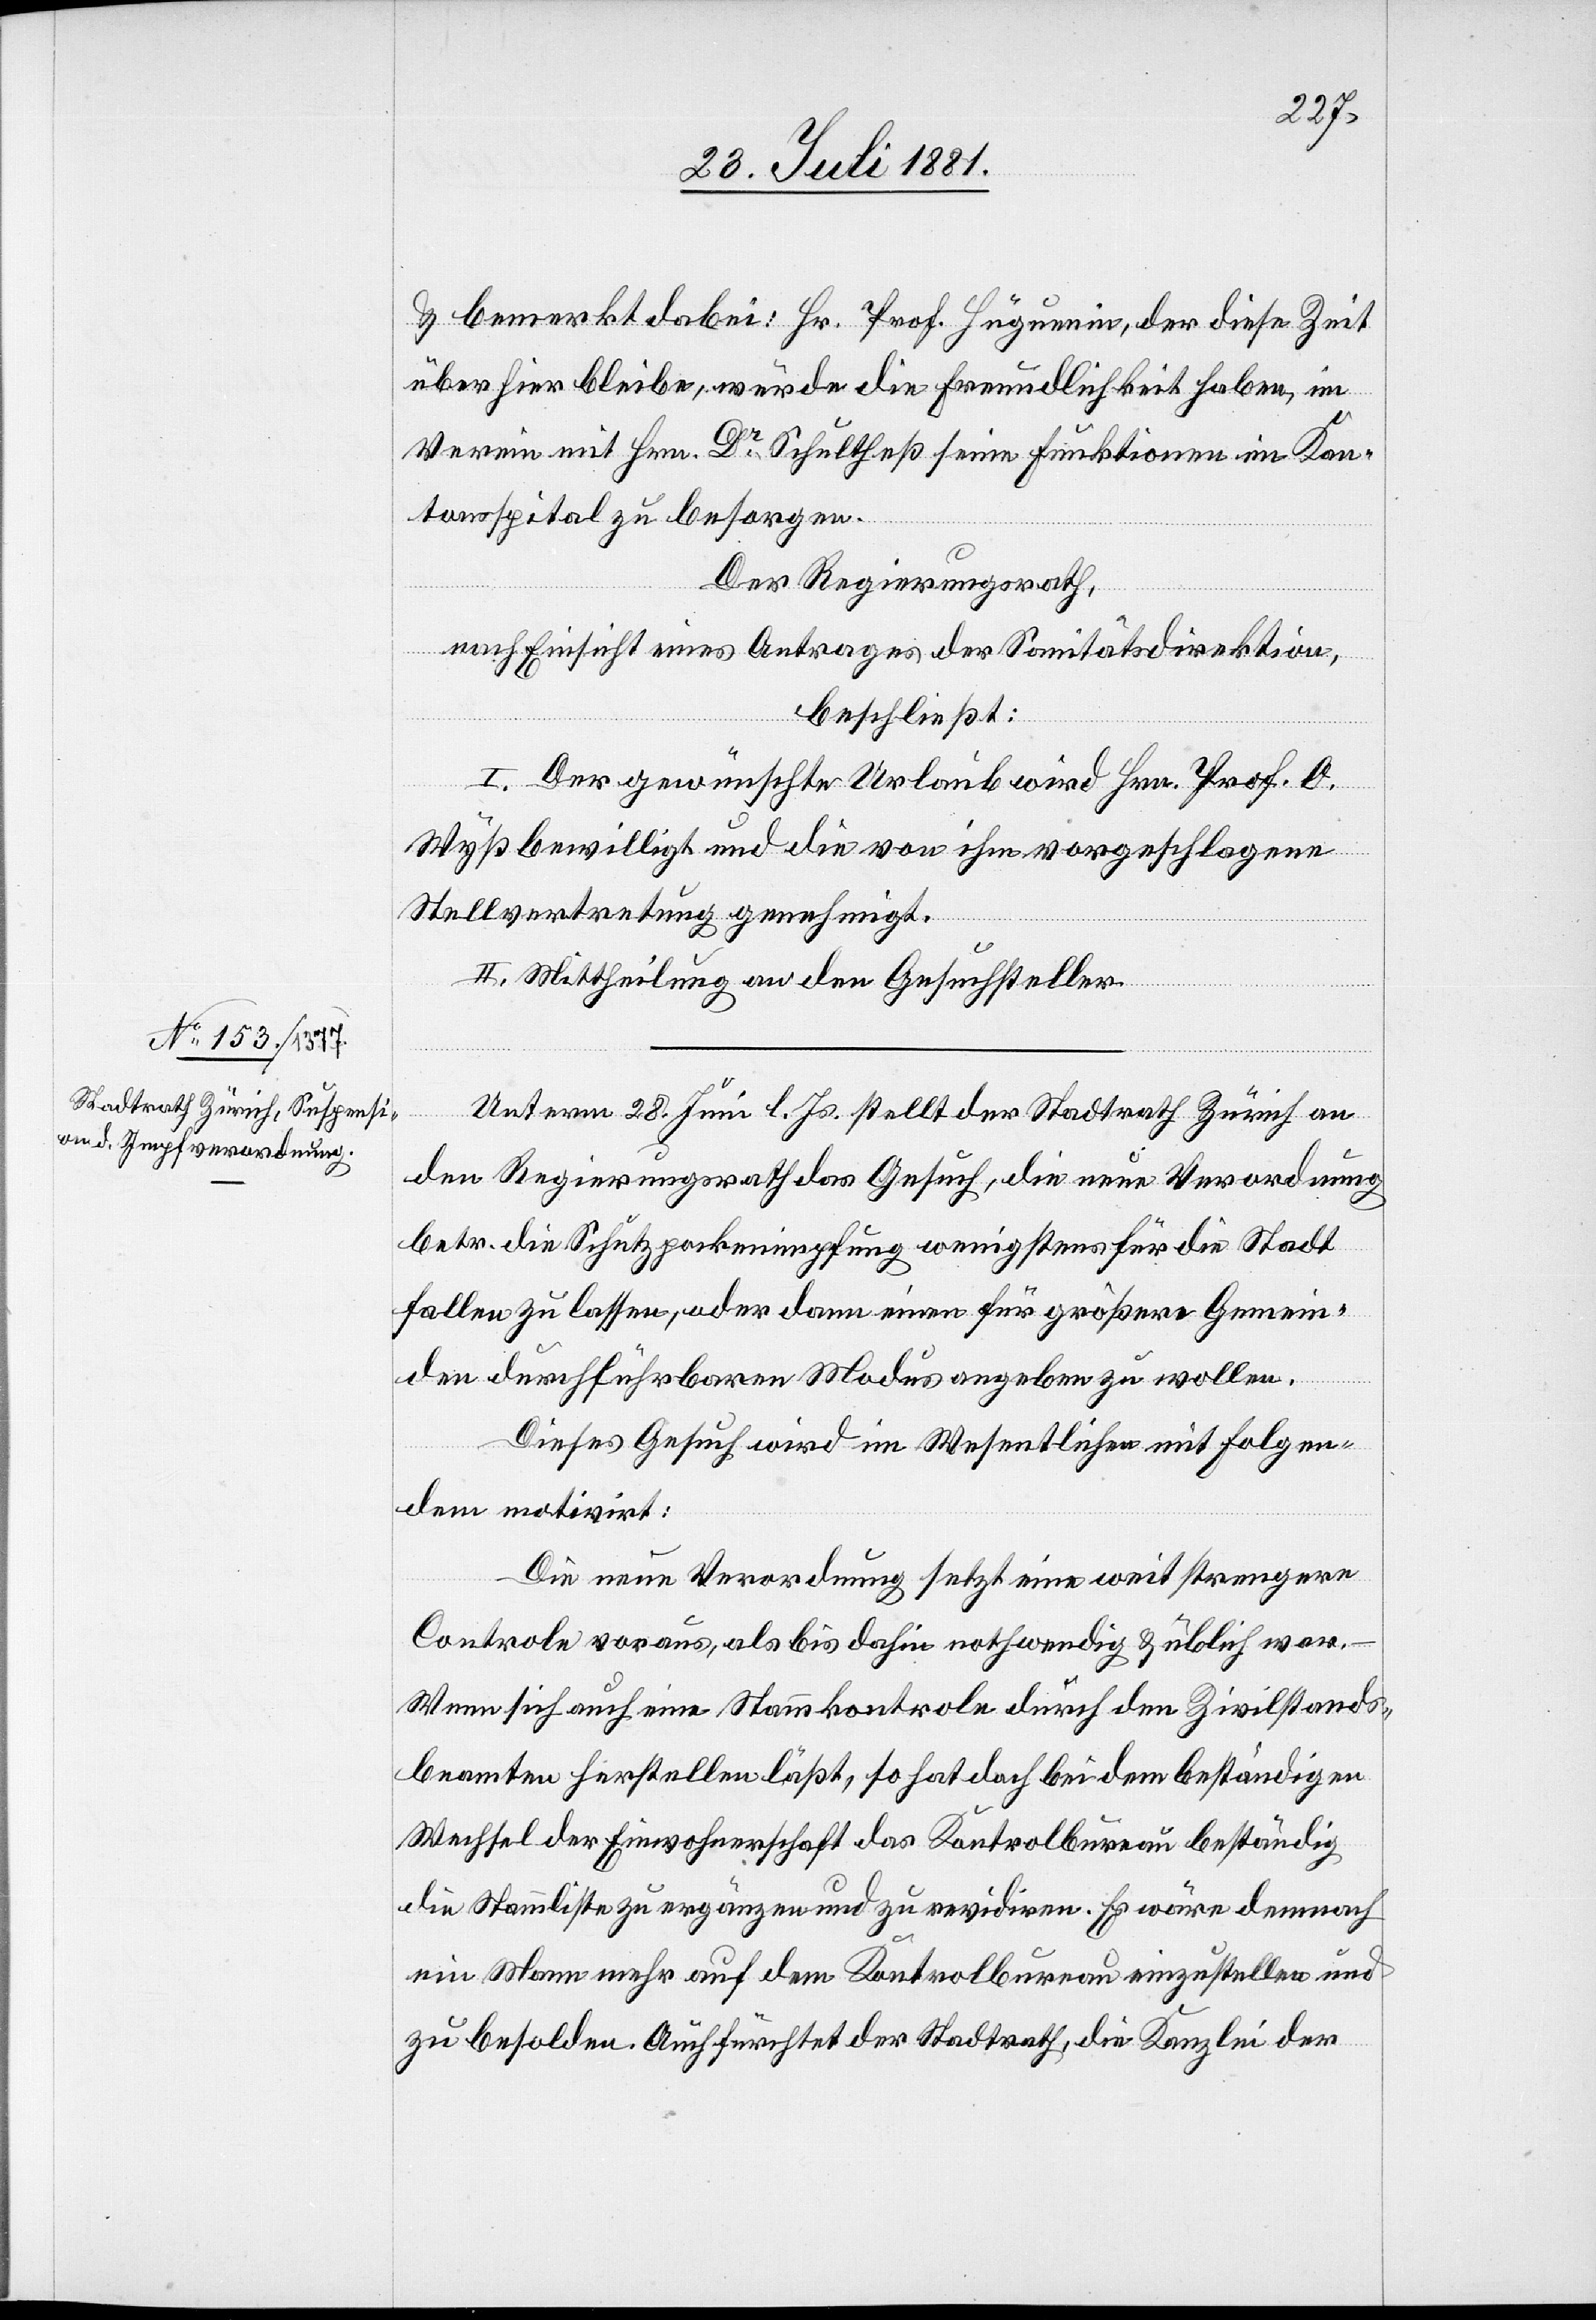
& bemerkt dabei: Hr. Prof. Hüguenin, der diese Zeit
über hier bleibe, würde die Freundlichkeit haben, im
Verein mit Hrn. Dr Schlutheß seine Funktionen im Kan¬
tonsspital zu besorgen.
Der Regierungsrath,
nach Einsicht eines Antrages der Sanitätsdirektion,
beschließt:
I. Der gewünschte Urlaub wird Hrn. Prof. O.
Wyß bewilligt und die von ihm vorgeschlagene
Stellvertretung genehmigt.
II. Mittheilung an den Gesuchsteller.